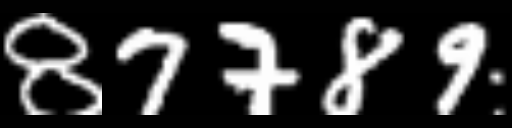
Text: 87789